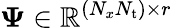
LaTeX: \mathbf{\Psi}\in\mathbb{R}^{(N_{x}N_{\mathrm{t}})\times r}